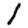
Digit: 1